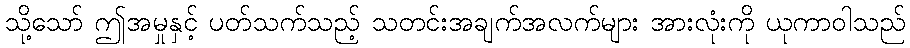
သို့သော် ဤအမှုနှင့် ပတ်သက်သည့် သတင်းအချက်အလက်များ အားလုံးကို ယုကာဝါသည်